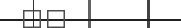
٣٦